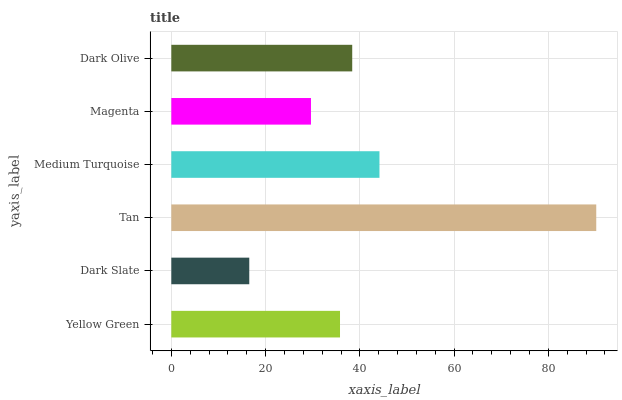
| yaxis_label | bars |
 | --- | --- |
 | Yellow Green | 35.8 |
 | Dark Slate | 16.5 |
 | Tan | 90.1 |
 | Medium Turquoise | 44.2 |
 | Magenta | 29.6 |
 | Dark Olive | 38.4 |